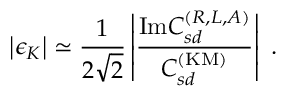
\left\vert \epsilon _ { K } \right\vert \simeq \frac { 1 } { 2 \sqrt { 2 } } \left\vert \frac { \mathrm { I m } C _ { s d } ^ { ( R , L , A ) } } { C _ { s d } ^ { \mathrm { ( K M ) } } } \right\vert \ .